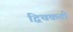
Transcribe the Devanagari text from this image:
द्विचकती